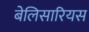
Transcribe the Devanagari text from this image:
बेलिसारियस